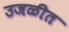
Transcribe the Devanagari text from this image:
उजळीत